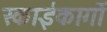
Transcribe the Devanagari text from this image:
स्काईकार्गो